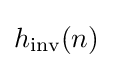
h_{\text{inv}}(n)